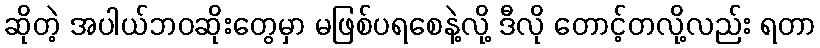
ဆိုတဲ့ အပါယ်ဘဝဆိုးတွေမှာ မဖြစ်ပရစေနဲ့လို့ ဒီလို တောင့်တလို့လည်း ရတာ